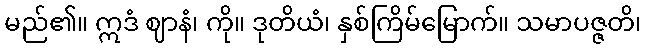
မည်၏။ ဣဒံ ဈာနံ၊ ကို။ ဒုတိယံ၊ နှစ်ကြိမ်မြောက်။ သမာပဇ္ဇတိ၊